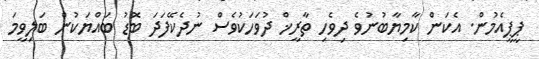
ޕީޕީއެމުން. އެކަން ކާމިޔާބުނުވެ ދިވެހި ތާރީޚް ދުވަހަކުވެސް ނުދެކޭފަދަ ބޮޑު ބައްޔަކުން ބަލިވީމަ